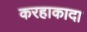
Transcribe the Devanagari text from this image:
करहाकादा